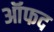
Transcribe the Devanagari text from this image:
ऑफद